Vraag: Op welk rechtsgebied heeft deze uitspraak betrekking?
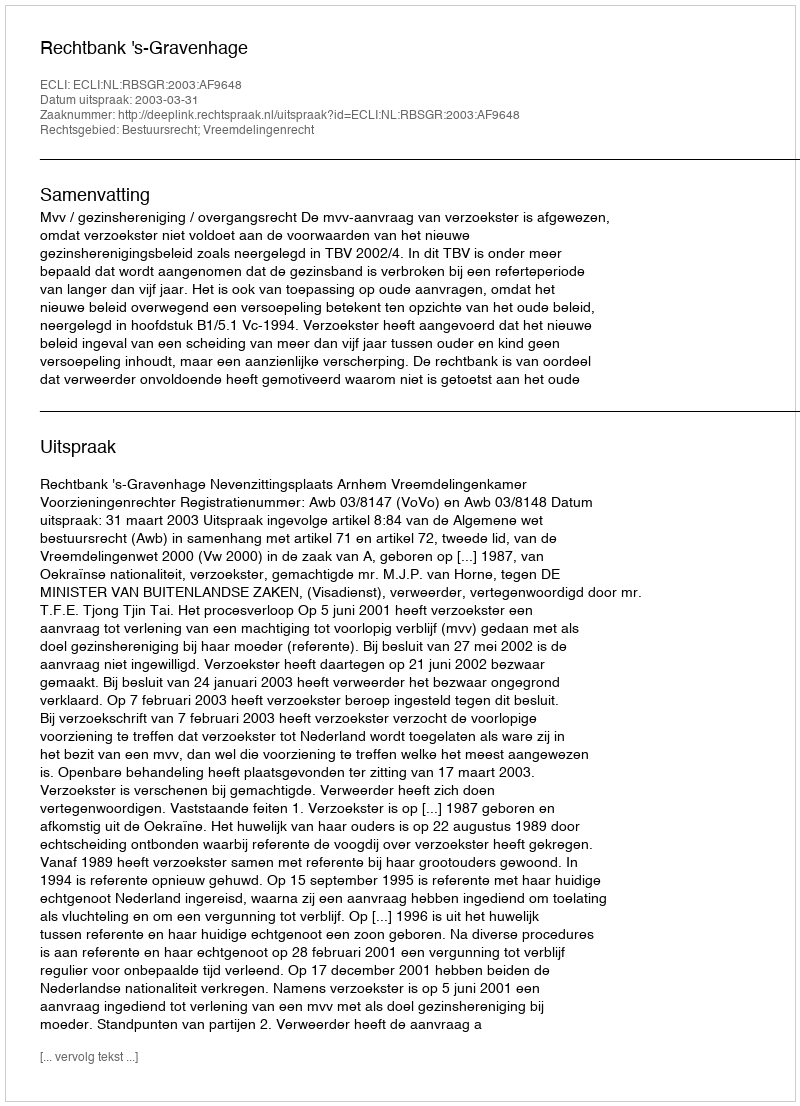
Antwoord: Bestuursrecht; Vreemdelingenrecht